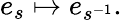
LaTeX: e_{s}\mapsto e_{s^{-1}}.